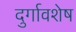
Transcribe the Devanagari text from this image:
दुर्गावशेष